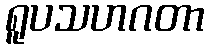
ရူပသဟဂတာ